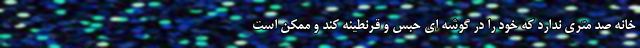
خانه صد متری ندارد که خود را در گوشه ای حبس و قرنطینه کند و ممکن است